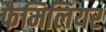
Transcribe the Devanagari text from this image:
फैमिलियर